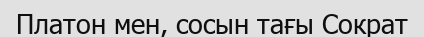
Платон мен, сосын тағы Сократ